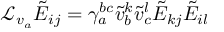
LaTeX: { \mathcal L } _ { v _ { a } } \tilde { E } _ { i j } = \gamma _ { a } ^ { b c } \tilde { v } _ { b } ^ { k } \tilde { v } _ { c } ^ { l } \tilde { E } _ { k j } \tilde { E } _ { i l }